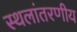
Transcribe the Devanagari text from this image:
स्थलांतरणीय